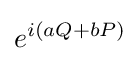
e^{i(aQ+bP)}